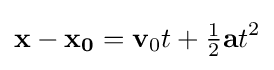
\mathbf {x-x_{0}} =\mathbf {v} _{0}t+{\tfrac {1}{2}}\mathbf {a} t^{2}